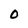
Character: 0